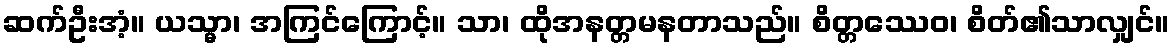
ဆက်ဦးအံ့။ ယသ္မာ၊ အကြင်ကြောင့်။ သာ၊ ထိုအနတ္တမနတာသည်။ စိတ္တဿေဝ၊ စိတ်၏သာလျှင်။